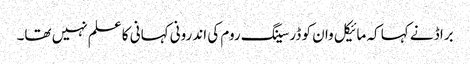
براڈ نے کہا کہ مائیکل وان کو ڈرسینگ روم کی اندرونی کہانی کا علم نہیں تھا۔